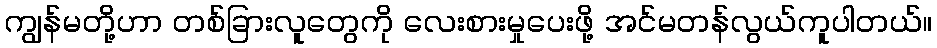
ကျွန်မတို့ဟာ တစ်ခြားလူတွေကို လေးစားမှုပေးဖို့ အင်မတန်လွယ်ကူပါတယ်။